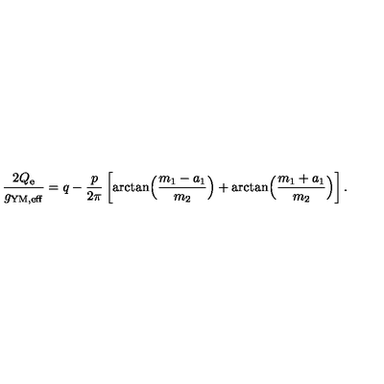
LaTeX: { \frac { 2 Q _ { \mathrm { e } } } { g _ { \mathrm { Y M , e f f } } } } = q - { \frac { p } { 2 \pi } } \left[ \arctan \Bigl ( { \frac { m _ { 1 } - a _ { 1 } } { m _ { 2 } } } \Bigr ) + \arctan \Bigl ( { \frac { m _ { 1 } + a _ { 1 } } { m _ { 2 } } } \Bigr ) \right] .